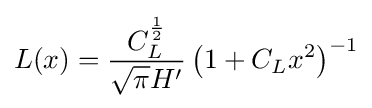
L(x)={\frac {C_{L}^{\frac {1}{2}}}{{\sqrt {\pi }}H'}}\left(1+C_{L}x^{2}\right)^{-1}